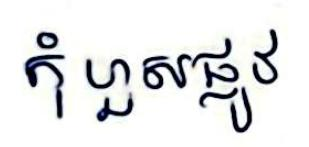
កុំហួសផ្លូវ